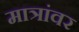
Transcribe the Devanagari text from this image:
मात्रांवर